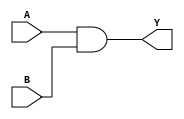
module S1L1
	 (
		input 	A,
		input 	B,
		output   Y
	 );
        assign Y = A & B;
    endmodule